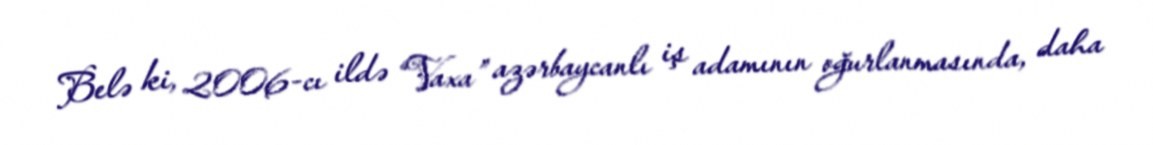
Belə ki, 2006-cı ildə “Vaxa” azərbaycanlı iş adamının oğurlanmasında, daha